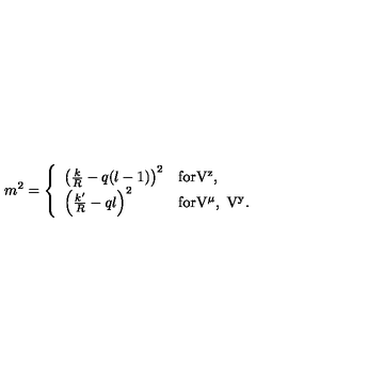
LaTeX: m ^ { 2 } = \left\{ \begin{array} { l l } { \left( \frac k R - q ( l - 1 ) \right) ^ { 2 } } & { \mathrm { f o r V ^ z , } } \\ { \left( \frac { k ^ { \prime } } R - q l \right) ^ { 2 } } & { \mathrm { f o r V ^ \mu , \ V ^ y } . } \\ \end{array} \right.